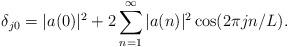
LaTeX: \begin{align*} \delta_{j0}=|a(0)|^2+2\sum_{n=1}^{\infty}|a(n)|^2\cos(2\pi jn/L). \end{align*}